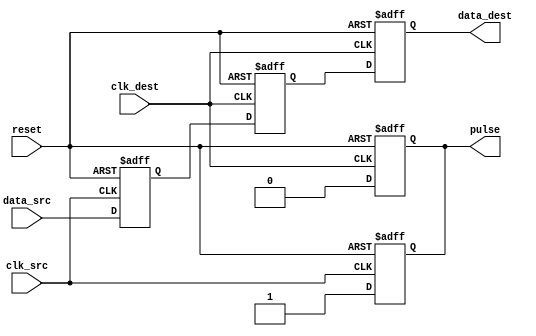
module pulsed_synchronizer (
    input wire clk_src,        // Clock signal from the source domain
    input wire data_src,       // Data signal from the source domain
    input wire clk_dest,       // Clock signal from the destination domain
    input wire reset,          // Reset signal for the synchronizer
    output reg data_dest,      // Synchronized data signal aligned with the destination clock
    output reg pulse           // Pulse signal for capturing data
);

    // Intermediate signals
    reg sync_ff1;             // First flip-flop output (synchronized with clk_src)
    reg sync_ff2;             // Second flip-flop output (synchronized with clk_dest)

    // Flip-flop to capture data from the source clock domain
    always @(posedge clk_src or posedge reset) begin
        if (reset) begin
            sync_ff1 <= 1'b0;
            pulse <= 1'b0;
        end else begin
            sync_ff1 <= data_src;
            pulse <= 1'b1; // Generate pulse when data is captured
        end
    end

    // Flip-flop to synchronize the data with the destination clock domain
    always @(posedge clk_dest or posedge reset) begin
        if (reset) begin
            sync_ff2 <= 1'b0;
            data_dest <= 1'b0;
            pulse <= 1'b0; // Reset pulse on reset
        end else begin
            sync_ff2 <= sync_ff1;
            data_dest <= sync_ff2;
            pulse <= 1'b0; // Clear pulse after one clock cycle
        end
    end

endmodule